Code of medical and sanitary regulations for the guidance of medical officers serving in the Madras Presidency - Volume I
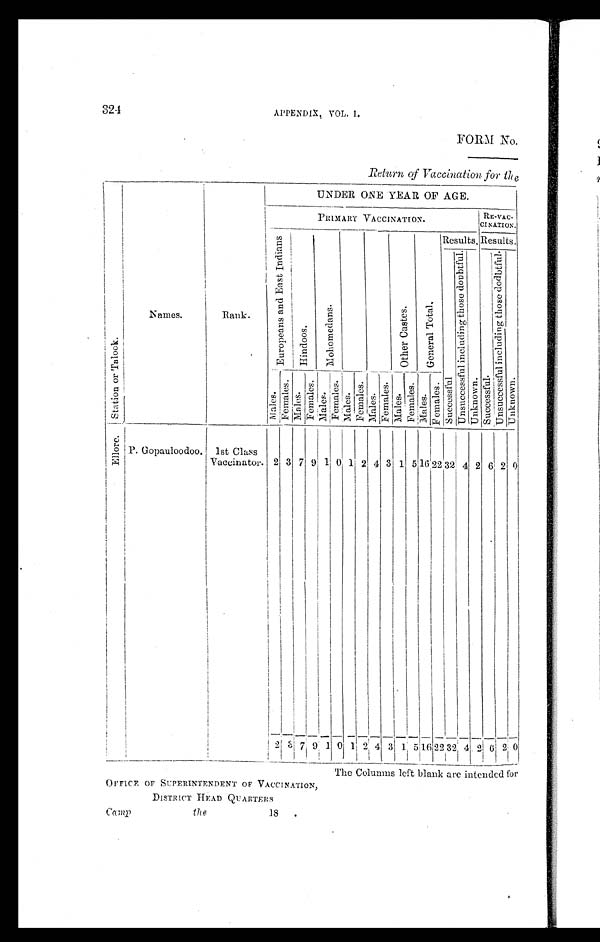
324
APPENDIX. VOL. I.
FORM No.
Return of Vaccination for the
S t a t i o n o r T a l o o k .
Names.
R a n k .
UNDER ONE YEAR OF AGE.
PRIMARY VACCINATION. R E - V A C - C I N A T I O N .
E u r o p e a n s a n d E a s t I n d i a n s .
H i n d o o s .
M o h o m e d a n s .
O t h e r C a s t e s .
G e n e r a l T o t a l .
Results. Results.
S u c c e s s f u l
U n s u c c e s s f u l i n c l u d i n g t h o s e d o u b t f u l .
U n k n o w n .
S u c c e s s f u l .
U n s u c c e s s f u l i n c l u d i n g t h o s e d o d b t f u l .
Unknown.
M a l e s . F e ma l e s .
Ma l e s .
Femal es.
Ma l e s .
Femal es.
Males.
Femal es .
M a l e s .
F e m a l e s .
Males. F e m a l e s .
M a l e s .
Femal es.
E l l o r e .
P. Gopauloodoo. 1st Class
Vaccinator. 2 3 7 9 1 0 1 2 4 3 1 5 16 2 2 32 4 2
6
2 0
2 3
7 9 1 0 1 2
4 3 1
5
1 6 2 2 3 2 4 2
6 2 0
The Columns left blank are intended for
OFFICE OF SUPERINTENDENT OF VACCINATION,
DISTRICT HEAD QUARTERS
C a m p
the
18